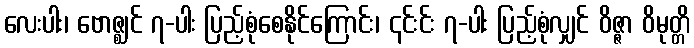
လေးပါး၊ ဗောဇ္ဈင် ၇-ပါး ပြည့်စုံစေနိုင်ကြောင်း၊ ၎င်းင်း ၇-ပါး ပြည့်စုံလျှင် ဝိဇ္ဇာ ဝိမုတ္တိ